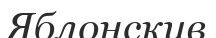
Яблонскив